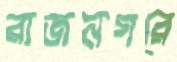
রাজনগরে